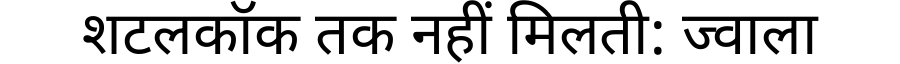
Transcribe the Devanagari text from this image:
शटलकॉक तक नहीं मिलती: ज्वाला